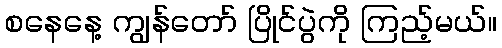
စနေနေ့ ကျွန်တော် ပြိုင်ပွဲကို ကြည့်မယ်။